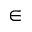
\in